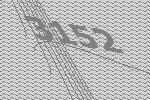
3152